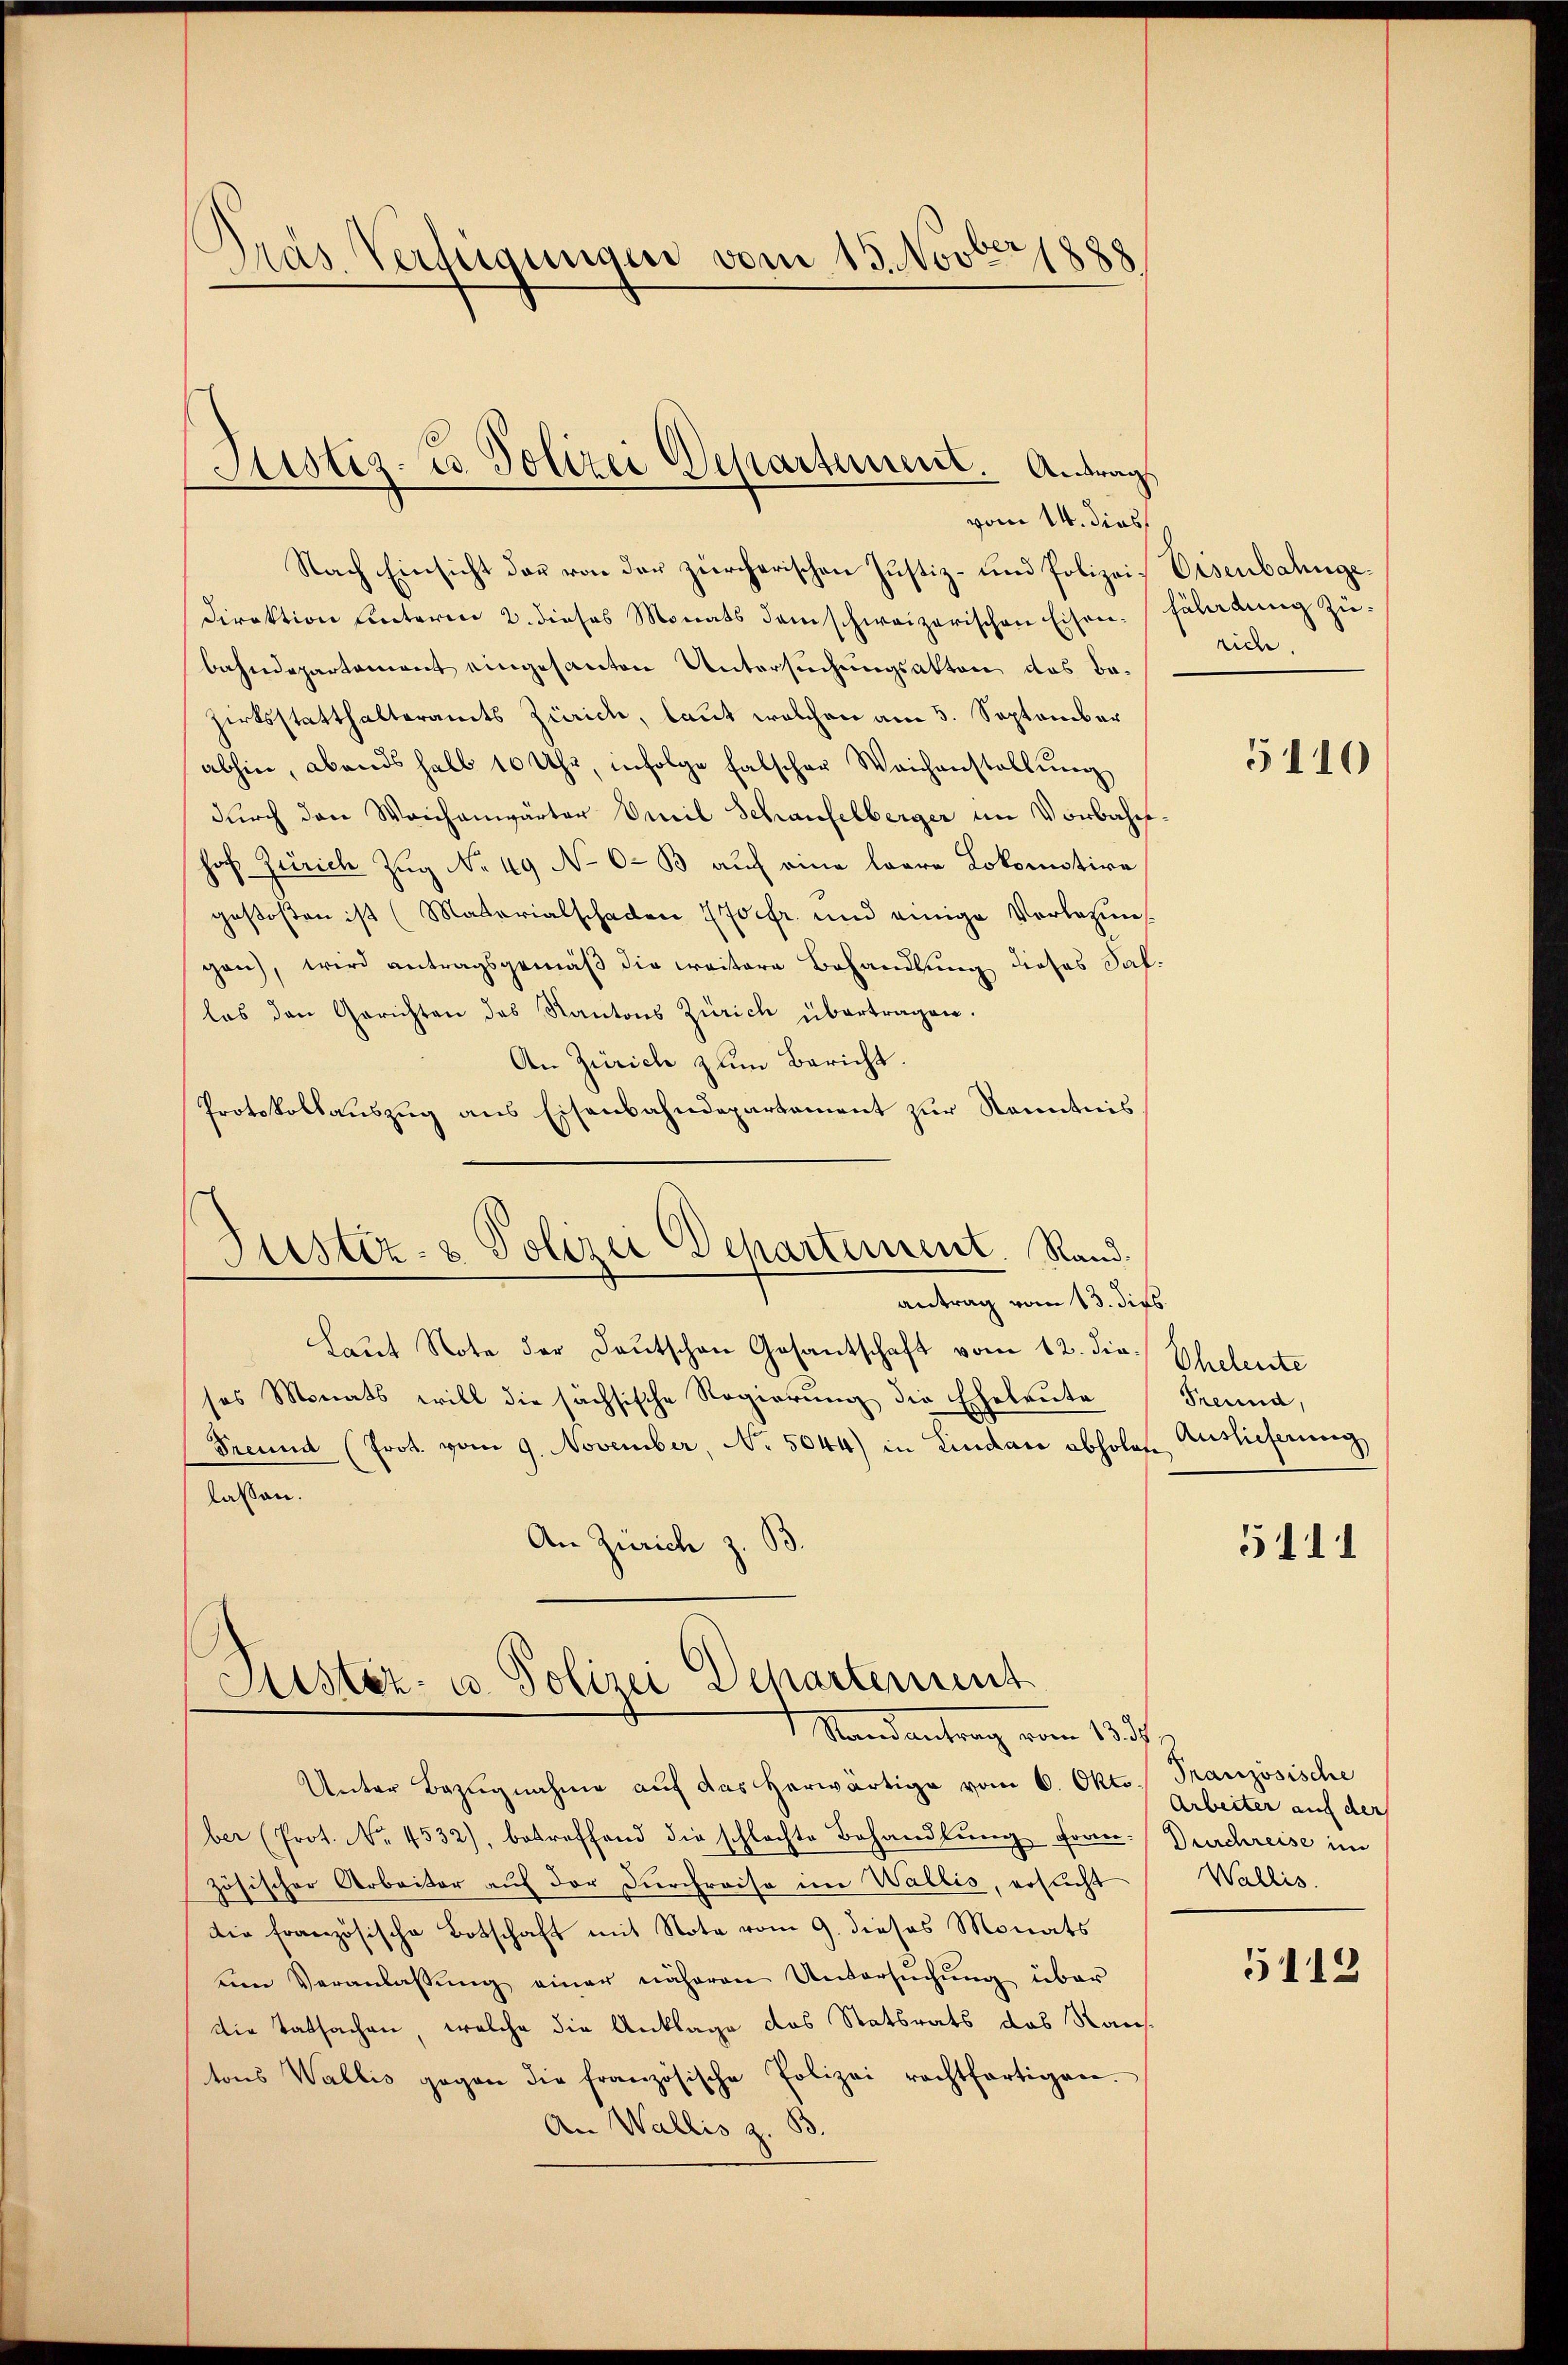
Präs. Verlegungen vom 15. Novber 1888.

Justiz- u. Polizei Departement. Antrag

vom 14. dies
Nach Einsicht der von der zürcherischen Justiz- und Polizei Eisenbahnge¬
Direktion unterm 2. dieses Monats dem schweizerischen Eisen-Fäladung zubahndepartement eingesanten Untersuchungsakten das Bazirksstatthalteramts Zürich, laut welchen am 5. September
abhin, abends halb 10 Uhr, infolge falscher Weichanstellung
durch den Weichenwärter Emil Schaufelberger im Vorbahn
hof Zürich Zug No 49 No 6. B auf eine leere Lokomotive
gestoßen ist (Materialschaden 270 fr. und einige Vorlesun
gan, wird antragsgemäβ die weitere Behandlung dieses Sal.
las den Gerichten des Kantons Zürich übertragen.
An Zürich zum Bericht.
Protokollauszug aus Eisenbahndepartement zur Kenntnis
Justiz- & Polizei Departement. Rand.

Sistiz- u. Polizei Departement
1 Mandantrag vom 13.

antrag vom 13. dies
Laut Note der Deutschen Gesantschaft vom 12. die Eheleute
sos Monats will die sächsische Regierung die Eheleute
Freund (Prot. vom 9. November, No. 5044) in Lindau abholen
lassen.
An Zürich z. B.

rich.

Unter Bezŭgnahme aŭf das herwärtige vom 6. Okto Französische
ber (Prot. No. 4532), betreffend die schlachte Behandlung Frau Durchreise im
zösischer Arbeiter auf der Durchreise im Wallis, ersucht
die französische Botschaft mit Note vom 9. dieses Monats
en Veranlassung einer näheren Untersuchung über
Die Tatsachen, welche die Anklage das Statsrats das Raustons Wallis gegen die französische Polizei rechtfertigen.
An Wallis z. B.

5110

Freund,
Auslieferung

5111

Arbeiter auf der
Wallis.

5112